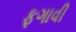
ફગાવી